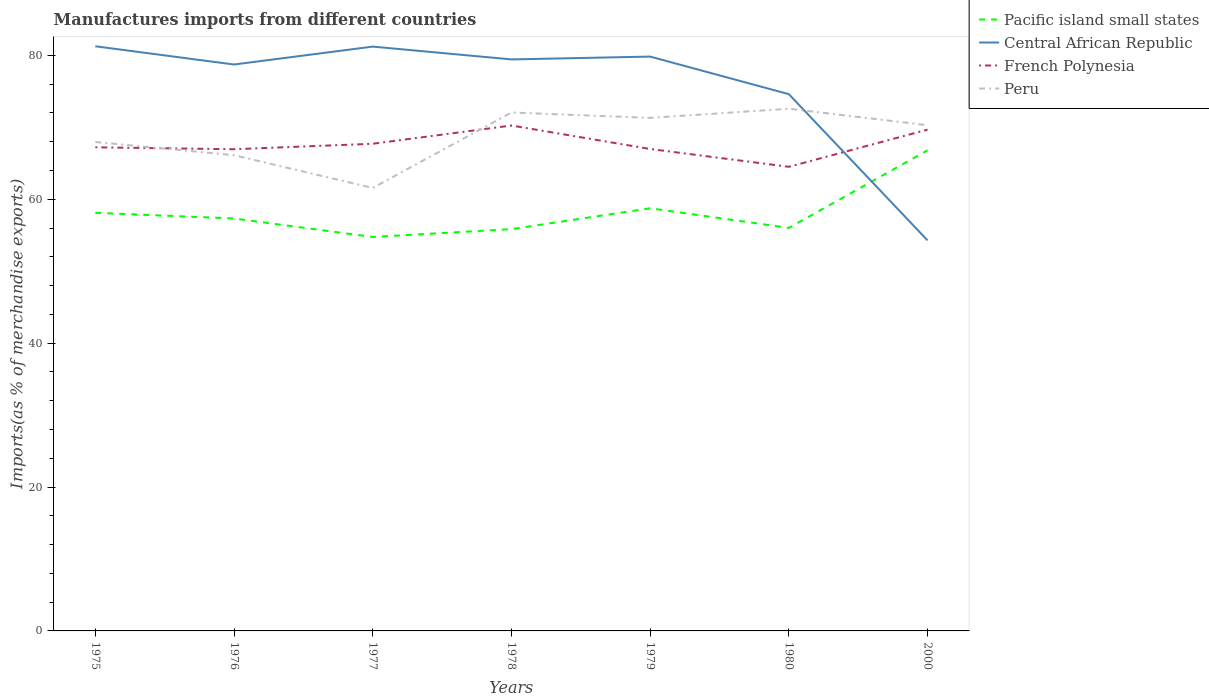
| Years | Pacific island small states | Central African Republic | French Polynesia | Peru |
 | --- | --- | --- | --- | --- |
 | 1975 | 58.1 | 81.3 | 67.2 | 68 |
 | 1976 | 57.3 | 78.7 | 67 | 66.1 |
 | 1977 | 54.8 | 81.2 | 67.7 | 61.6 |
 | 1978 | 55.9 | 79.4 | 70.3 | 72.1 |
 | 1979 | 58.7 | 79.8 | 67 | 71.3 |
 | 1980 | 56 | 74.6 | 64.5 | 72.6 |
 | 2000 | 66.8 | 54.3 | 69.7 | 70.3 |